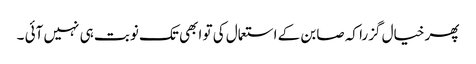
پھر خیال گزرا کہ صابن کے استعمال کی تو ابھی تک نوبت ہی نہیں آئی ۔